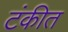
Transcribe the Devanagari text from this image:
टंकीत